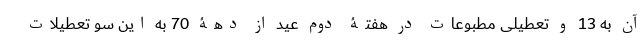
آن به 13 و تعطیلی مطبوعات در هفتۀ دوم عید از دهۀ 70 به این سو تعطیلات